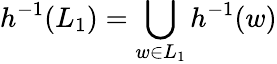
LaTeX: h^{-1}(L_{1})=\bigcup_{w\in L_{1}}h^{-1}(w)